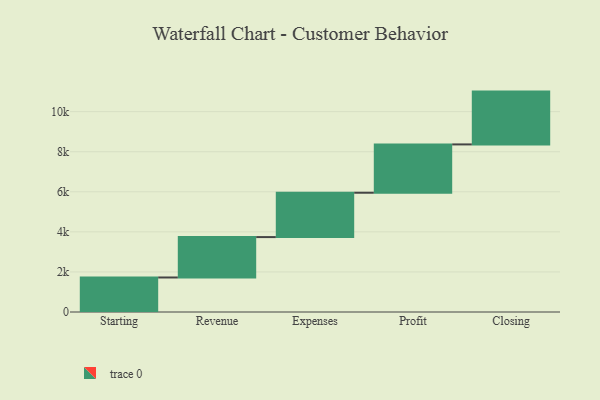
{"axis": {"x": "Step", "y": "Value"}, "legend": [""], "data": [{"x": "Starting", "y": 1723.0, "type": ""}, {"x": "Revenue", "y": 2016.0, "type": ""}, {"x": "Expenses", "y": 2214.0, "type": ""}, {"x": "Profit", "y": 2412.0, "type": ""}, {"x": "Closing", "y": 2636.0, "type": ""}]}